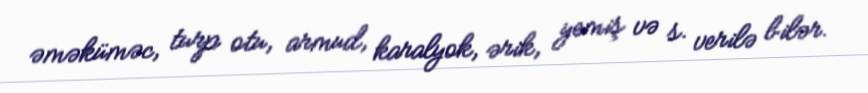
əməküməc, turp otu, armud, karalyok, ərik, yemiş və s. verilə bilər.